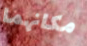
مكانهما